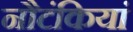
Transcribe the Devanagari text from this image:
नौटंकियां